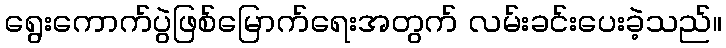
ရွေးကောက်ပွဲဖြစ်မြောက်ရေးအတွက် လမ်းခင်းပေးခဲ့သည်။